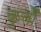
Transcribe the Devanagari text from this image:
कुर्तों